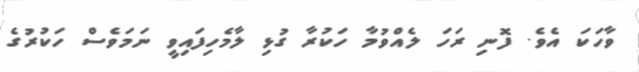
ވާހަކަ އެވެ. ފޮނި ރަހަ ލެއްވުމާ ހަކުރާ ގުޅި ލާމެހިފައިވީ ނަމަވެސް ހަކުރުގެ